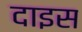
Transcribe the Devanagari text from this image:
दाइस